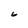
Character: 6